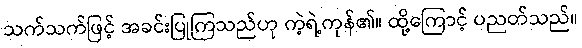
သက်သက်ဖြင့် အခင်းပြုကြသည်ဟု ကဲ့ရဲ့ကုန်၏။ ထို့ကြောင့် ပညတ်သည်။